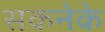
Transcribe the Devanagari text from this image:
सकनेके